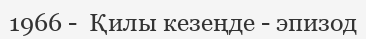
1966 -  Қилы кезеңде - эпизод